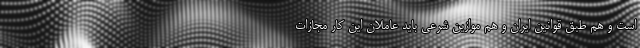
است و هم طبق قوانین ایران و هم موازین شرعی باید عاملان این کار مجازات